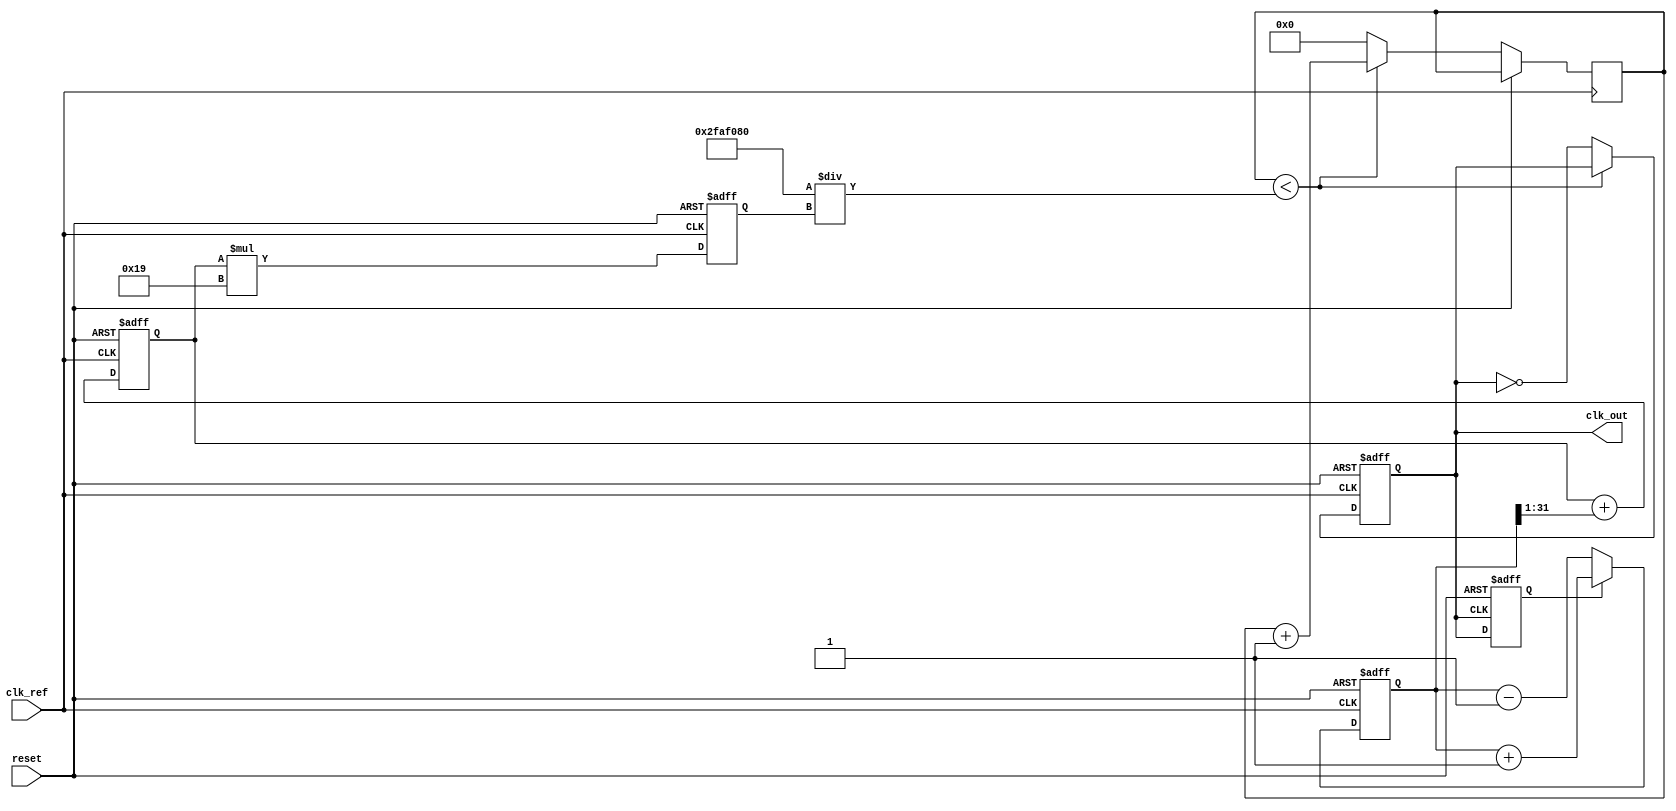
module parameterized_PLL #(
    parameter F_REF = 50_000_000, // Reference frequency in Hertz
    parameter F_OUT = 100_000_000, // Desired output frequency in Hertz
    parameter N = 2,               // Division ratio
    parameter FILTER_ORDER = 1,    // Order of the filter (1 or 2 for example)
    parameter VCO_SENSITIVITY = 25 // VCO sensitivity in MHz/V
)(
    input wire clk_ref,            // Reference clock
    input wire reset,              // Reset signal
    output reg clk_out             // Output clock
);
    // Internal signals
    reg [31:0] error_signal;       // Error signal from phase detector
    reg [31:0] control_voltage;     // Control voltage for VCO
    reg [31:0] vco_frequency;      // VCO frequency
    reg [31:0] divider_count;      // Countdown for feedback divider
    reg clk_feedback;              // Feedback clock from the VCO

    // Phase Detector (PD)
    always @(posedge clk_ref or posedge reset) begin
        if (reset) begin
            error_signal <= 0;
        end else begin
            // Simple PD mechanism: Compare the phase of the reference clk and feedback clk
            if (clk_feedback) begin
                error_signal <= error_signal + 1; // Phase error condition
            end else begin
                error_signal <= error_signal - 1; // Reverse phase error condition
            end
        end
    end

    // Loop Filter (First Order or Second Order)
    always @(posedge clk_ref or posedge reset) begin
        if (reset) begin
            control_voltage <= 0;
        end else if (FILTER_ORDER == 1) begin
            control_voltage <= control_voltage + (error_signal >> 1); // Simple proportional control
        end else if (FILTER_ORDER == 2) begin
            // Simple implementation of a second-order filter
            control_voltage <= control_voltage + (error_signal >> 1) + ((error_signal - control_voltage) >> 2);
        end
    end

    // Voltage-Controlled Oscillator (VCO)
    always @(posedge clk_ref or posedge reset) begin
        if (reset) begin
            vco_frequency <= 0;
            clk_out <= 0;
        end else begin
            vco_frequency <= control_voltage * VCO_SENSITIVITY; // VCO frequency based on control voltage
            // Generate output clock based on VCO frequency
            // This assumes a simple frequency-based clock generation based on vco_frequency
            if (divider_count < (F_REF / vco_frequency)) begin
                divider_count <= divider_count + 1;
            end else begin
                clk_out <= ~clk_out; // Toggle output clock
                divider_count <= 0; // Reset divider count
            end
        end
    end

    // Feedback Divider
    always @(posedge clk_out or posedge reset) begin
        if (reset) begin
            clk_feedback <= 0;
        end else begin
            // Divide output frequency by N
            clk_feedback <= clk_out; // Simple feedback mechanism
        end
    end

endmodule